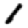
Digit: 1